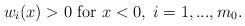
LaTeX: \begin{align*}w_i(x)>0 \mbox{ for } x<0,\; i=1,..., m_0.\end{align*}